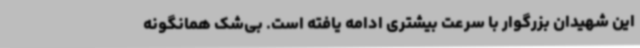
این شهیدان بزرگوار با سرعت بیشتری ادامه یافته است. بی‌شک همانگونه